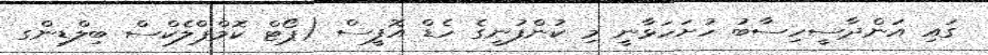
ގައި އަންދާސީހިސާބު ހުށަހަޅާނީ މި ކުންފުނީގެ ހެޑް އޮފީސް (ޕޯޓް ކޮމްޕްލެކްސް ބިލްޑިންގ